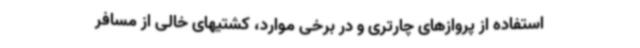
استفاده از پروازهای چارتری و در برخی موارد، کشتیهای خالی از مسافر